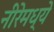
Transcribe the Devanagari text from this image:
नीरेमध्ये